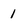
Character: l